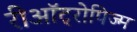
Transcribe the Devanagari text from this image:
रीऑट्रोपिज्म